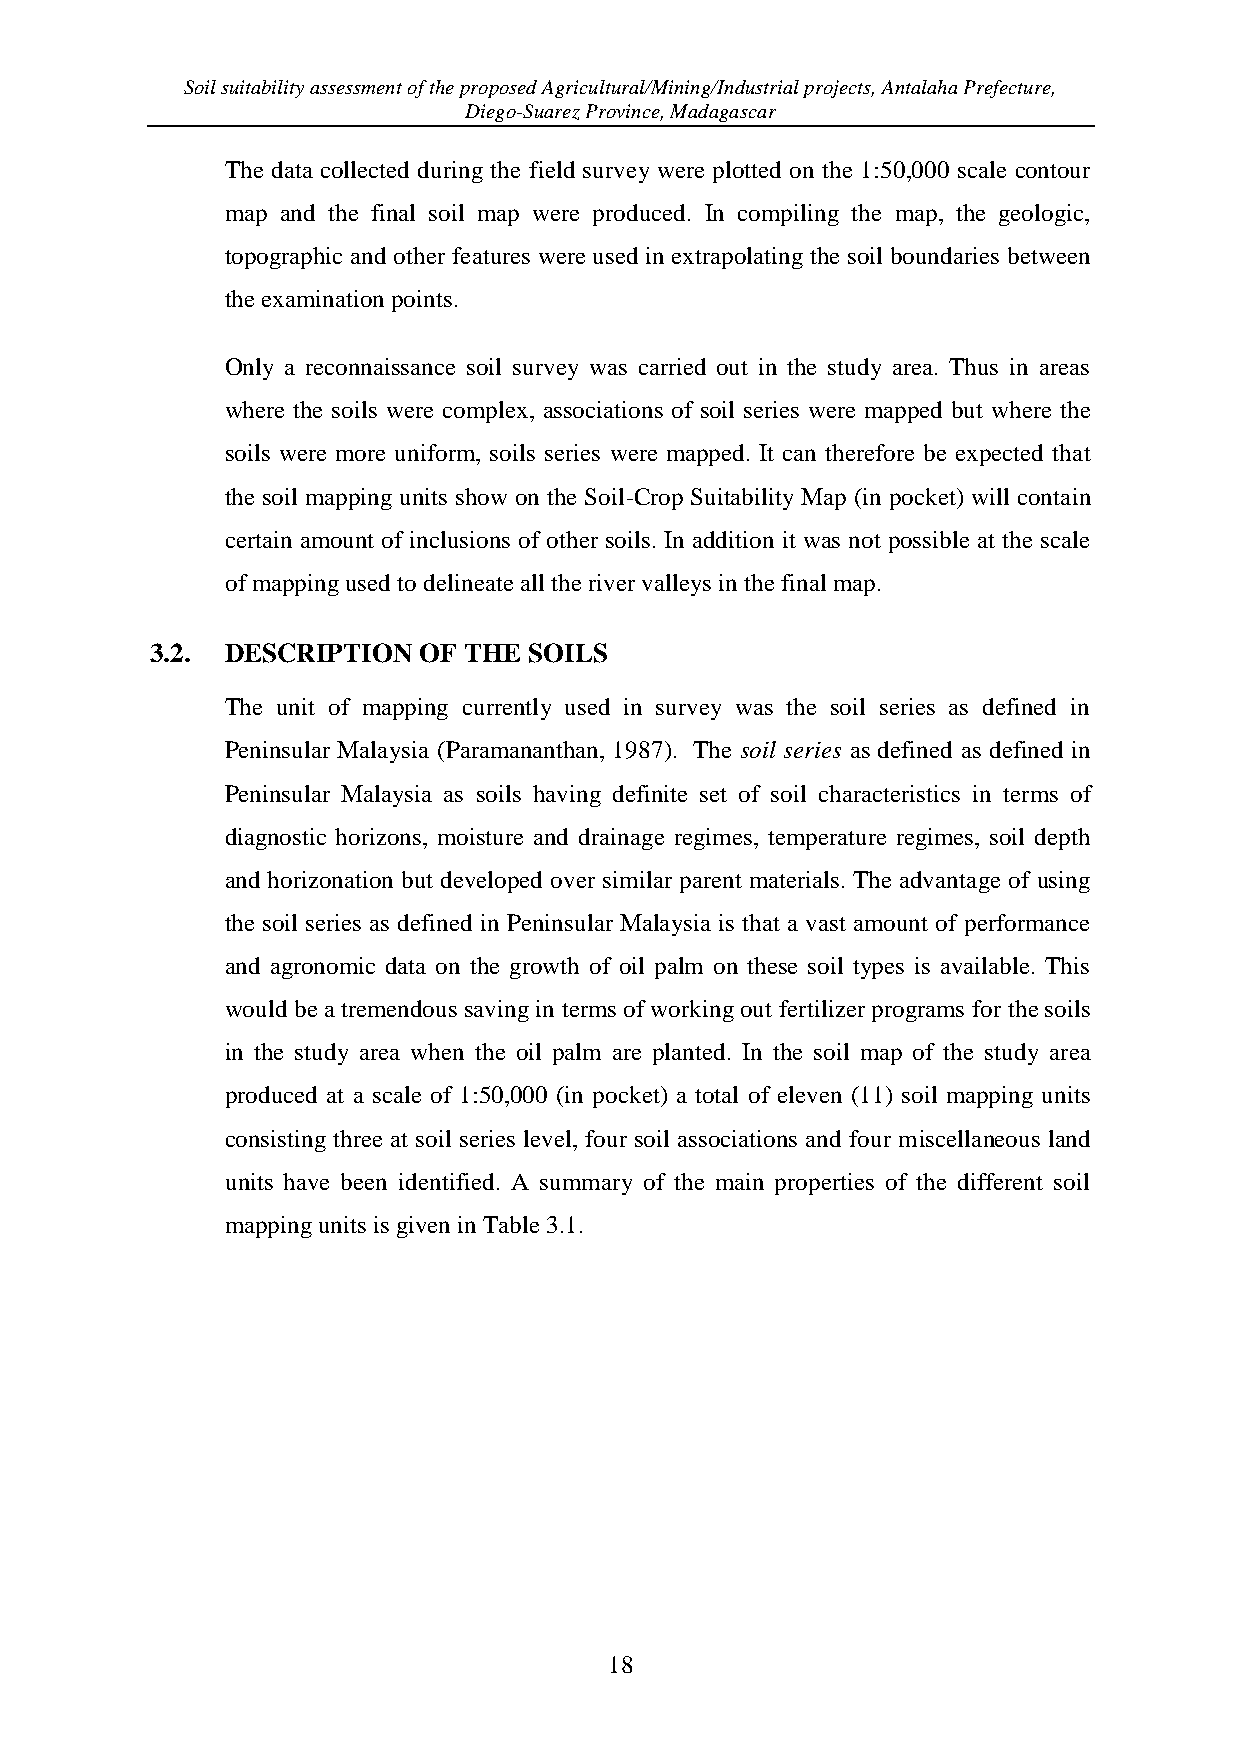
Soil suitability assessment of the proposed Agricultural/Mining/Industrial projects, Antalaha Prefecture,
 Diego-Suarez Province, Madagascar
 The data collected during the field survey were plotted on the 1:50,000 scale contour
 map and the final soil map were produced. In compiling the map, the geologic,
 topographic and other features were used in extrapolating the soil boundaries between
 the examination points.
 Only a reconnaissance soil survey was carried out in the study area. Thus in areas
 where the soils were complex, associations of soil series were mapped but where the
 soils were more uniform, soils series were mapped. It can therefore be expected that
 the soil mapping units show on the Soil-Crop Suitability Map (in pocket) will contain
 certain amount of inclusions of other soils. In addition it was not possible at the scale
 of mapping used to delineate all the river valleys in the final map.
 3.2. DESCRIPTION  OF THE SOILS
 The unit of mapping currently used in survey was the soil series as defined in
 Peninsular Malaysia (Paramananthan, 1987). The soil series as defined as defined in
 Peninsular Malaysia as soils having definite set of soil characteristics in terms of
 diagnostic horizons, moisture and drainage regimes, temperature regimes, soil depth
 and horizonation but developed over similar parent materials. The advantage of using
 the soil series as defined in Peninsular Malaysia is that a vast amount of performance
 and agronomic data on the growth of oil palm on these soil types is available. This
 would be a tremendous saving in terms of working out fertilizer programs for the soils
 in the study area when the oil palm are planted. In the soil map of the study area
 produced at a scale of 1:50,000 (in pocket) a total of eleven (11) soil mapping units
 consisting three at soil series level, four soil associations and four miscellaneous land
 units have been identified. A summary of the main properties of the different soil
 mapping units is given in Table 3.1.
 18